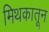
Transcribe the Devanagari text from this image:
मिथकातून